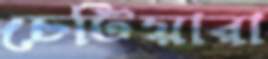
চেটিয়ারা